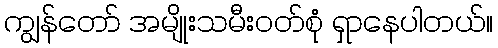
ကျွန်တော် အမျိုးသမီးဝတ်စုံ ရှာနေပါတယ်။